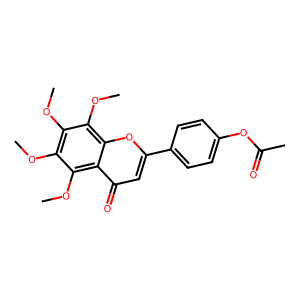
SMILES: COc1c(OC)c(OC)c2c(=O)cc(-c3ccc(OC(C)=O)cc3)oc2c1OC
Inhibits HIV replication: No